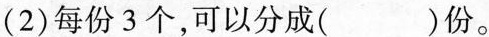
(2)每份3个，可以分成()份。